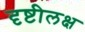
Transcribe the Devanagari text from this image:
दृष्टीलक्ष